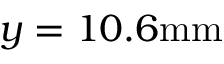
y = 1 0 . 6 \mathrm { m m }